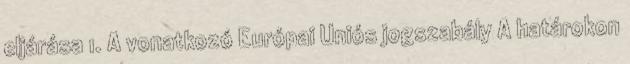
eljárása 1. A vonatkozó Európai Uniós jogszabály A határokon